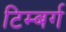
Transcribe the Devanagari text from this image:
टिम्बर्ग